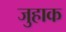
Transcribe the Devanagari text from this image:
जुहाक